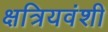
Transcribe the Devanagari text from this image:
क्षत्रियवंशी